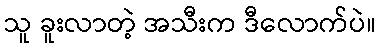
သူ ခူးလာတဲ့ အသီးက ဒီလောက်ပဲ။